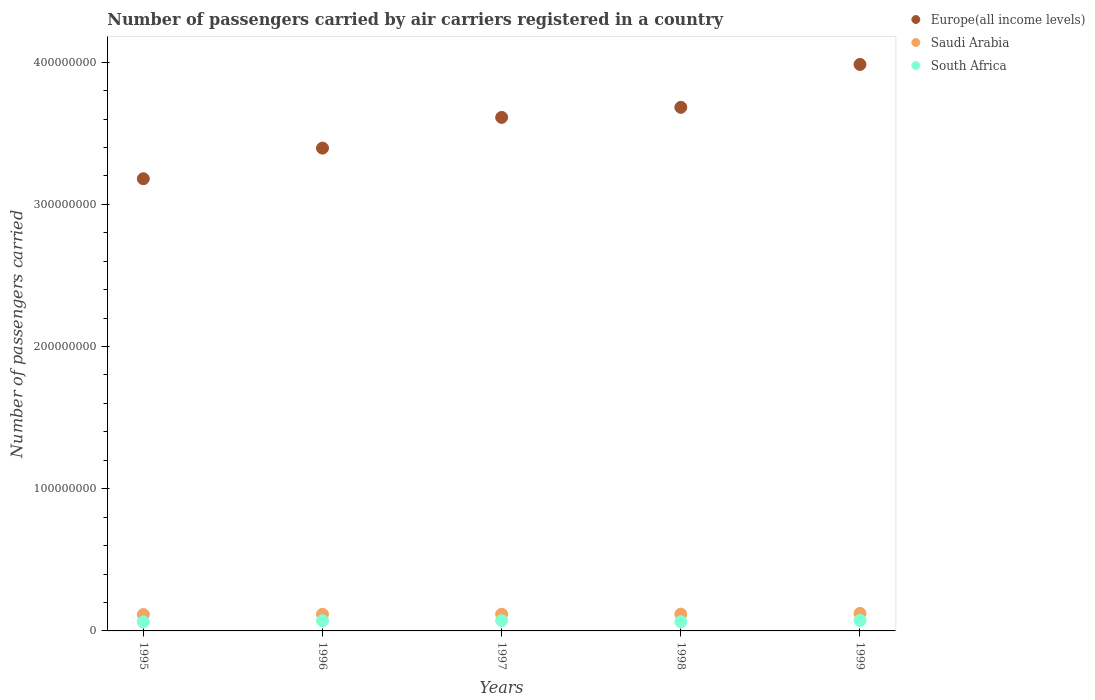
| Years | Europe(all income levels) | Saudi Arabia | South Africa |
 | --- | --- | --- | --- |
 | 1995 | 3.18e+08 | 1.15e+07 | 6.4e+06 |
 | 1996 | 3.4e+08 | 1.17e+07 | 7.18e+06 |
 | 1997 | 3.61e+08 | 1.17e+07 | 7.27e+06 |
 | 1998 | 3.68e+08 | 1.18e+07 | 6.48e+06 |
 | 1999 | 3.98e+08 | 1.23e+07 | 7.4e+06 |